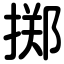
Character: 掷